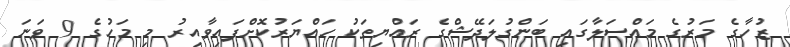
ޒުހާގެ މަރުގެ މައްސަލާގައި ބަންގުލަދޭޝްގެ ރައްޔިތަކު ހައްޔަރުކޮށްފައިވާއިރު މި މަހުގެ 9 ވަނަ